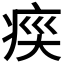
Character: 𭼍